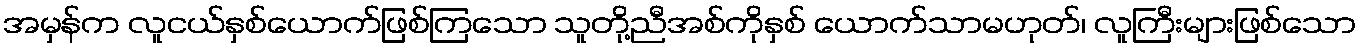
အမှန်က လူငယ်နှစ်ယောက်ဖြစ်ကြသော သူတို့ညီအစ်ကိုနှစ် ယောက်သာမဟုတ်၊ လူကြီးများဖြစ်သော